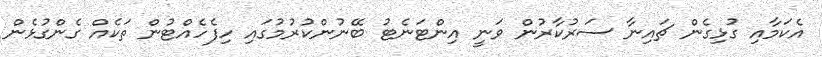
އެކަމާއި ގުޅިގެން ޗައިނާ ސަރުކާރުން ވަނީ އިންޓަނެޓު ބޭނުންކުރުމުގައި ހިފެހެއްޓުން ތަކެއް ގެންގުޅެން